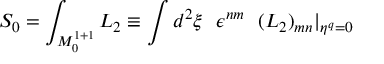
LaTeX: S _ { 0 } = \int _ { { \cal M } _ { 0 } ^ { 1 + 1 } } { \cal L } _ { 2 } \equiv \int d ^ { 2 } \xi ~ ~ \epsilon ^ { n m } ~ ~ ( { \cal L } _ { 2 } ) _ { m n } \vert _ { \eta ^ { q } = 0 }